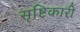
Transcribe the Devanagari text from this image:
सृष्टिकारी